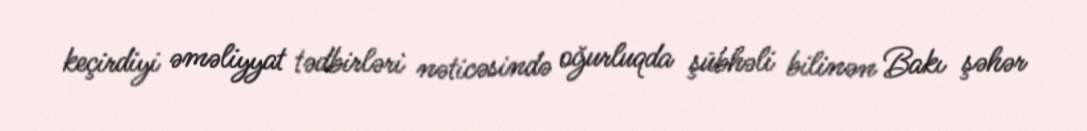
keçirdiyi əməliyyat tədbirləri nəticəsində oğurluqda şübhəli bilinən Bakı şəhər